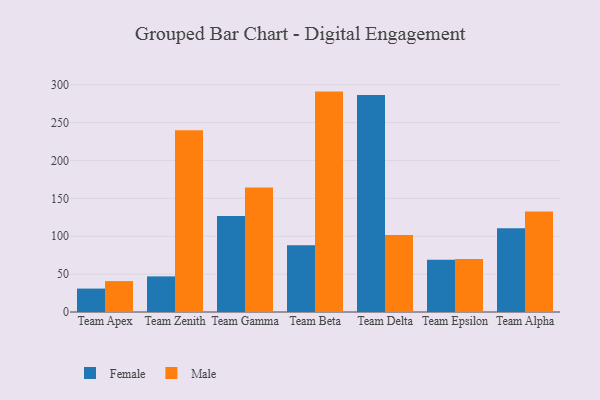
{"axis": {"x": "Team", "y": "Net Income (USD K)"}, "legend": ["Female", "Male"], "data": [{"x": "Team Apex", "y": 30.9, "type": "Female"}, {"x": "Team Apex", "y": 40.8, "type": "Male"}, {"x": "Team Zenith", "y": 47.0, "type": "Female"}, {"x": "Team Zenith", "y": 239.9, "type": "Male"}, {"x": "Team Gamma", "y": 126.8, "type": "Female"}, {"x": "Team Gamma", "y": 164.4, "type": "Male"}, {"x": "Team Beta", "y": 88.0, "type": "Female"}, {"x": "Team Beta", "y": 290.9, "type": "Male"}, {"x": "Team Delta", "y": 286.4, "type": "Female"}, {"x": "Team Delta", "y": 101.5, "type": "Male"}, {"x": "Team Epsilon", "y": 69.1, "type": "Female"}, {"x": "Team Epsilon", "y": 69.8, "type": "Male"}, {"x": "Team Alpha", "y": 110.6, "type": "Female"}, {"x": "Team Alpha", "y": 132.7, "type": "Male"}]}